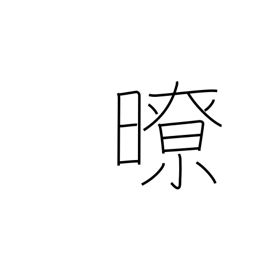
Meaning: clear